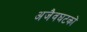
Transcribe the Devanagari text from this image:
अजैवघटकों